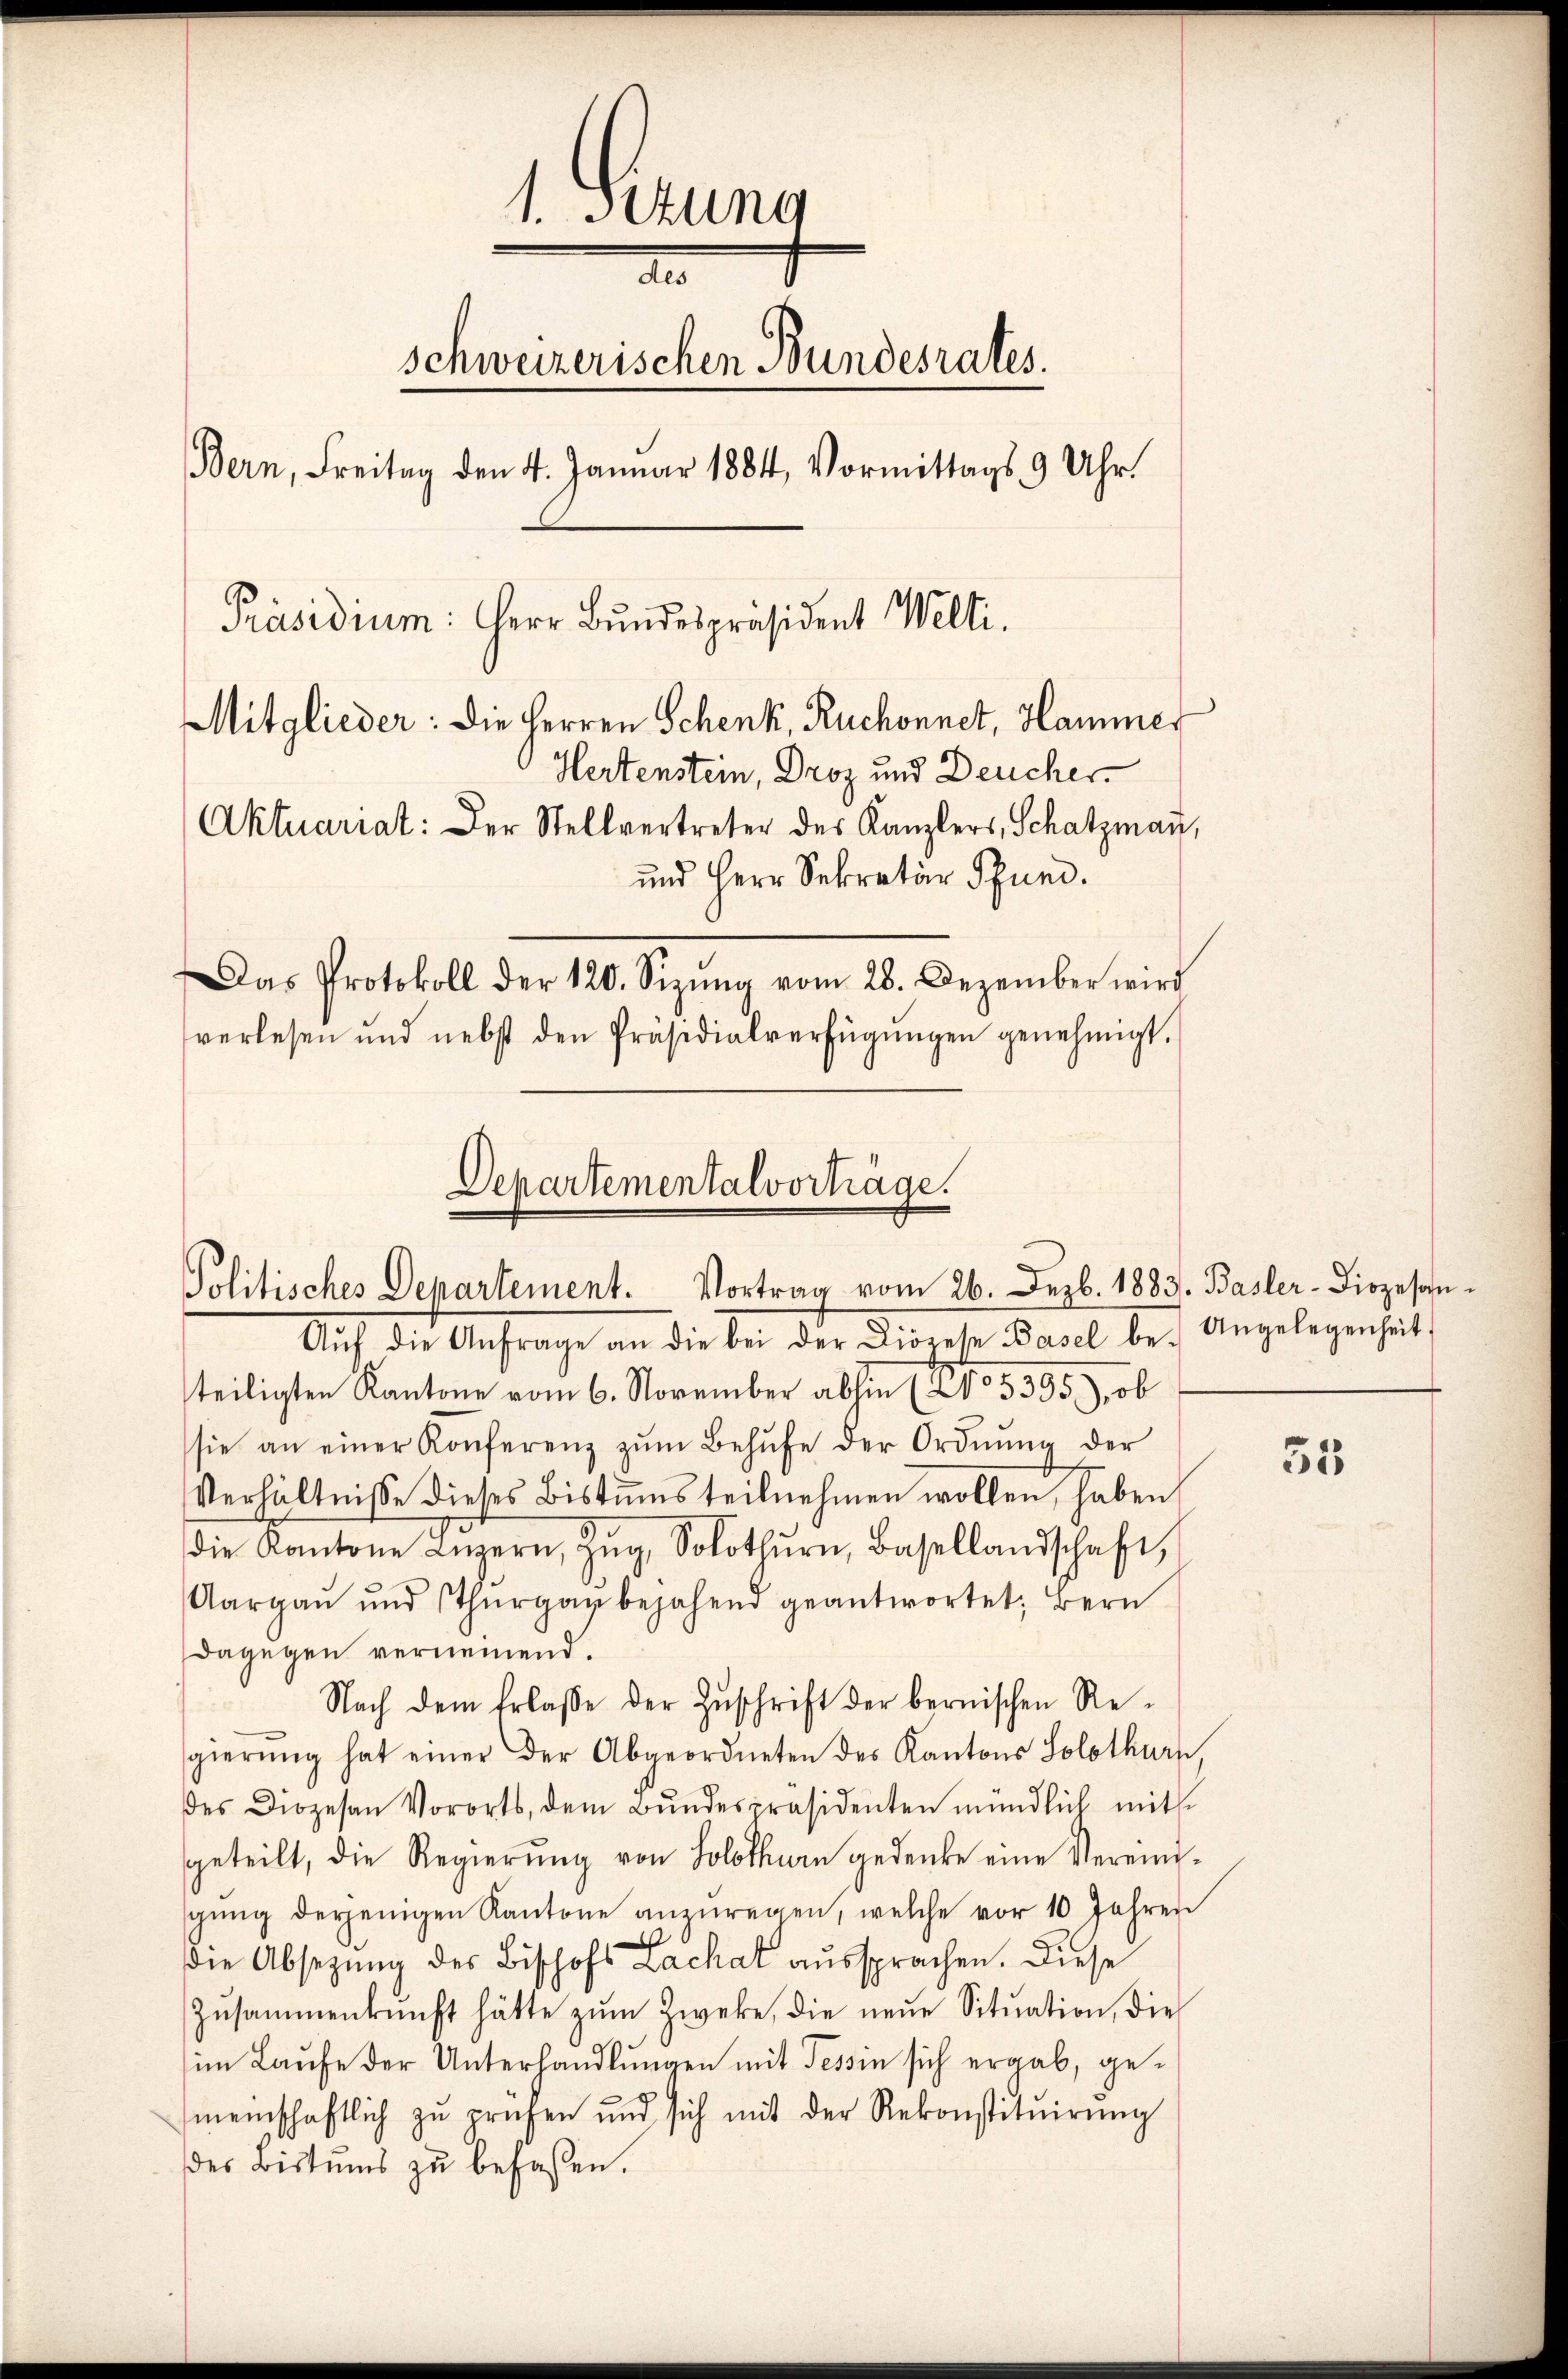
1. Gerung
d
schweizerischen Bundesrates.
Bern, Freitag den 4. Januar 1884, Vormittags 9 Uhr.
Präsidium: Herr Bundespräsident Welti.
Mitglieder: die Herren Schenk, Ruchonnet, Hammer
Hertenstein, Droz und Deucher.
Aktuariat: Der Stellvertreter des Kanzlers, Schatzmaṅ,
und Herr Sekretär Pfund.
Das Protokoll der 120. Sizŭng vom 28. Dezember wird
verlesen und nebst den Präsidialverfügŭngen genehmigt.

Departementalvorträge.
Politisches Departement. Vortrag vom 26. Dezb. 1883. Basler-Diözesan¬

Angelegenheit

Aŭf die Anfrage an die bei der Diözese Basel be-
teiligten Kantone vom 6. November abhin (205395), ob
sie an einer Konferenz zŭm Behŭfe der Ordnŭng der
Verhältnisse dieses Bistums teilnehmen wollen, haben
die Kantone Luzern, Zŭg, Solothurn, Basellandschaft,
Aargaŭ ŭnd Thurgau bejahend geantwortet; Bern
dagegen verneinend.
Nach dem Erlaβe der Zŭschrift der bernischen Re-
gierŭng hat einer der Abgeordneten des Kantons Solothurn
es Diözesen Vororts, dem Bŭndespräsidenten mündlich mit
geteilt, die Regierŭng von Solothurn gedenke eine Vereinigŭng derjenigen Kantone anzŭregen, welche vor 10 Jahren
S
die Absetzung des Bischofs Lachat aussprachen. Diese
Zŭsammenkunft hätte zŭm Zweke, die neŭe Sitŭation, dies
im Laŭfe der Unterhandlŭngen mit Tessin sich ergab, gemeinschaftlich zŭ prüfen und sich mit der Rekonstitŭirŭng
des Bistums zu befassen.

35